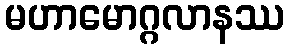
မဟာမောဂ္ဂလာနဿ